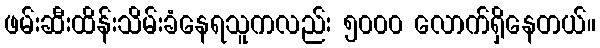
ဖမ်းဆီးထိန်းသိမ်းခံနေရသူကလည်း ၅၀၀၀ လောက်ရှိနေတယ်။